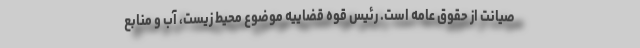
صیانت از حقوق عامه است. رئیس قوه قضاییه موضوع محیط زیست، آب و منابع